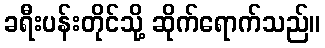
ခရီးပန်းတိုင်သို့ ဆိုက်ရောက်သည်။